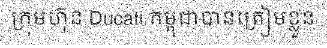
ក្រុមហ៊ុន Ducati កម្ពុជាបានត្រៀមខ្លួន